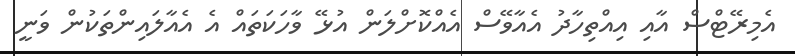
އެމިރޭޓްސް އާއި އިއްތިހާދު އެއާވޭސް އެއްކޮށްލަން އުޅޭ ވާހަކަތައް އެ އެއާލައިންތަކުން ވަނީ